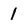
Character: 1